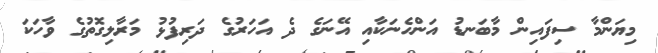
މިޔަންމާ ސިފައިން މާބަނޑު އަންހެނަކާއި އޭނަގެ ދެ އަހަރުގެ ދަރިފުޅު މަރާލިގޮތުގެ ވާހަކަ